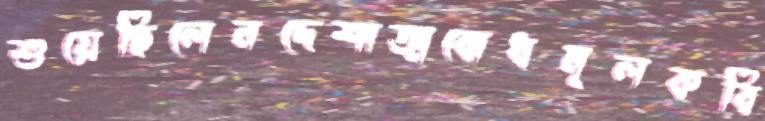
শুয়েছিলেনদেশাত্মবোধমূলকবি